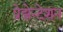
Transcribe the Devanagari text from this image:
प्रेझेन्टेशन